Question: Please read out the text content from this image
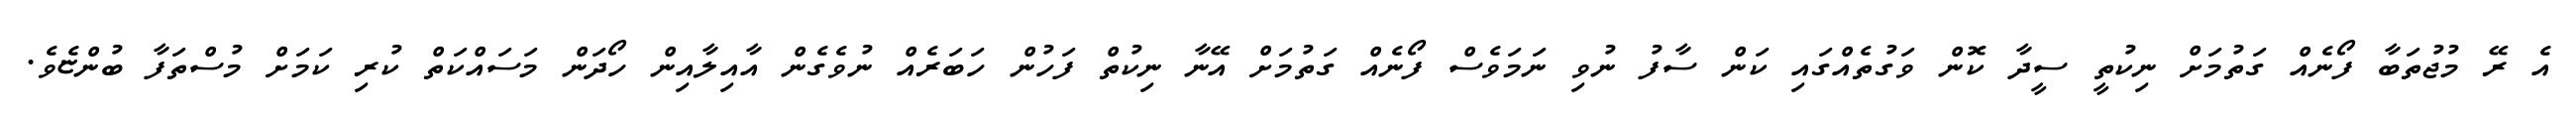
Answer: އެ ރޭ މުޖުތަބާ ފޯނެއް ގަތުމަށް ނިކުތީ ސީދާ ކޮން ވަގުތެއްގައި ކަން ސާފު ނުވި ނަމަވެސް ފޯނެއް ގަތުމަށް އޭނާ ނިކުތް ފަހުން ހަބަރެއް ނުވެގެން އާއިލާއިން ހޯދަން މަސައްކަތް ކުރި ކަމަށް މުސްތަފާ ބުންޏެވެ.